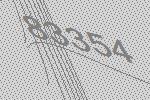
83354